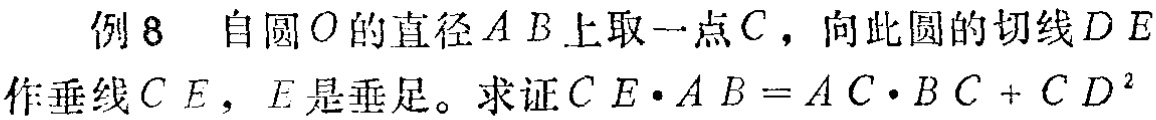
例 8 自圆\(O\)的直径\(AB\)上取一点\(C\)，向此圆的切线\(DE\)作垂线\(CE\)，\(E\)是垂足。求证\(CE\cdot AB = AC\cdot BC + CD^{2}\)